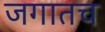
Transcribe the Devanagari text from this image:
जगातच